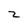
Character: 2